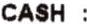
CASH :